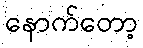
နောက်တော့